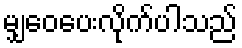
မျှဝေပေးလိုက်ပါသည်